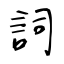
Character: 詞